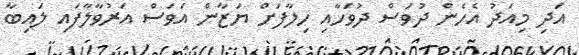
އަދި މިއަދު އެހެން ދުވަސް ދުވަހާއި ހިލާފަށް ޔަޒާން އަވަސް އަރުވާލާފައި ލައިބާ